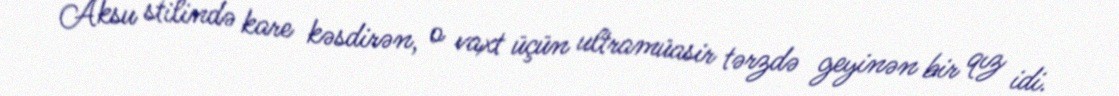
Aksu stilində kare kəsdirən, o vaxt üçün ultramüasir tərzdə geyinən bir qız idi.